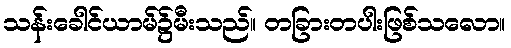
သန်းခေါင်ယာမ်၌မီးသည်။ တခြားတပါးဖြစ်သလော။